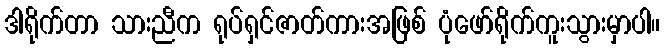
ဒါရိုက်တာ သားညီက ရုပ်ရှင်ဇာတ်ကားအဖြစ် ပုံဖော်ရိုက်ကူးသွားမှာပါ။